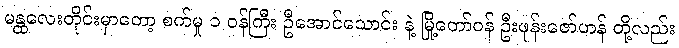
မန္ထလေးတိုင်းမှာတော့ စက်မှု ၁ ဝန်ကြီး ဦအောင်သောင်း နဲ့ မြို့တော်ဝန် ဦးဖုန်းဇော်ဟန် တို့လည်း